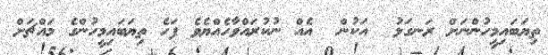
ތިޔަބައިމީހުންނަށް ރަނގަޅު  އަކުން  އެއް ނުކުރައްވާހެއްޔެވެ ފަހެ ތިޔަބައިމީހުންގެ މައްޗަށް